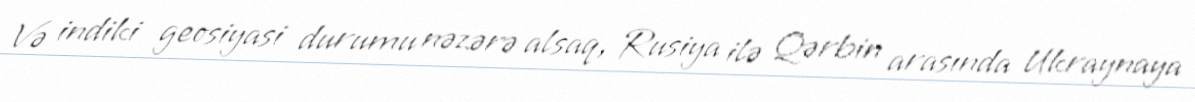
Və indiki geosiyasi durumu nəzərə alsaq, Rusiya ilə Qərbin arasında Ukraynaya